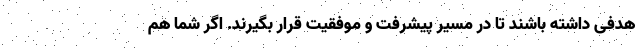
هدفی داشته باشند تا در مسیر پیشرفت و موفقیت قرار بگیرند. اگر شما هم